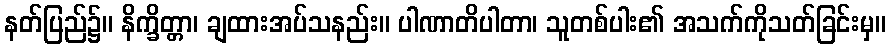
နတ်ပြည်၌။ နိက္ခိတ္တာ၊ ချထားအပ်သနည်း။ ပါဏာတိပါတာ၊ သူတစ်ပါး၏ အသက်ကိုသတ်ခြင်းမှ။